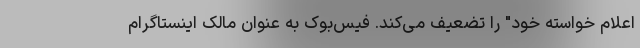
اعلام خواسته خود" را تضعیف می‌کند. فیس‌بوک به عنوان مالک اینستاگرام